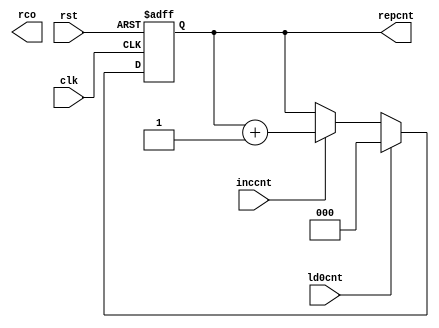
`timescale 1ns/1ns
module repcnt(input rst,clk,input ld0cnt,inccnt,output rco , output reg [2:0]repcnt);
always@(posedge clk, posedge rst) begin 
if(rst) repcnt<=3'b 0;
else if(ld0cnt) repcnt<=3'b 0;
else if(inccnt) repcnt<= repcnt+1;
end
endmodule